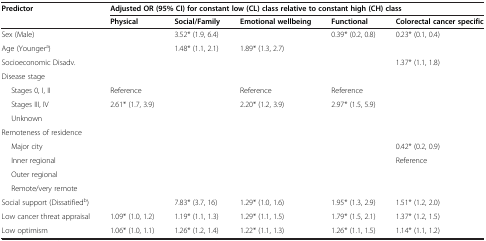
<table><thead><tr><td rowspan="2"><b>Predictor</b></td><td colspan="5"><b>Adjusted OR (95% CI) for constant low (CL) class relative to constant high (CH) class</b></td></tr><tr><td><b>Physical</b></td><td><b>Social/Family</b></td><td><b>Emotional wellbeing</b></td><td><b>Functional</b></td><td><b>Colorectal cancer specific</b></td></tr></thead><tbody><tr><td>Sex (Male)</td><td> </td><td>3.52* (1.9, 6.4)</td><td> </td><td>0.39* (0.2, 0.8)</td><td>0.23* (0.1, 0.4)</td></tr><tr><td>Age (Younger<sup>a</sup>)</td><td> </td><td>1.48* (1.1, 2.1)</td><td>1.89* (1.3, 2.7)</td><td> </td><td> </td></tr><tr><td>Socioeconomic Disadv.</td><td> </td><td> </td><td> </td><td> </td><td>1.37* (1.1, 1.8)</td></tr><tr><td>Disease stage</td><td> </td><td> </td><td> </td><td> </td><td> </td></tr><tr><td>Stages 0, I, II</td><td>Reference</td><td> </td><td>Reference</td><td>Reference</td><td> </td></tr><tr><td>Stages III, IV</td><td>2.61* (1.7, 3.9)</td><td> </td><td>2.20* (1.2, 3.9)</td><td>2.97* (1.5, 5.9)</td><td> </td></tr><tr><td>Unknown</td><td> </td><td> </td><td> </td><td> </td><td> </td></tr><tr><td>Remoteness of residence</td><td> </td><td> </td><td> </td><td> </td><td> </td></tr><tr><td>Major city</td><td> </td><td> </td><td> </td><td> </td><td>0.42* (0.2, 0.9)</td></tr><tr><td>Inner regional</td><td> </td><td> </td><td> </td><td> </td><td>Reference</td></tr><tr><td>Outer regional</td><td> </td><td> </td><td> </td><td> </td><td> </td></tr><tr><td>Remote/very remote</td><td> </td><td> </td><td> </td><td> </td><td> </td></tr><tr><td>Social support (Dissatified<sup>b</sup>)</td><td> </td><td>7.83* (3.7, 16)</td><td>1.29* (1.0, 1.6)</td><td>1.95* (1.3, 2.9)</td><td>1.51* (1.2, 2.0)</td></tr><tr><td>Low cancer threat appraisal</td><td>1.09* (1.0, 1.2)</td><td>1.19* (1.1, 1.3)</td><td>1.29* (1.1, 1.5)</td><td>1.79* (1.5, 2.1)</td><td>1.37* (1.2, 1.5)</td></tr><tr><td>Low optimism</td><td>1.06* (1.0, 1.1)</td><td>1.26* (1.2, 1.4)</td><td>1.22* (1.1, 1.3)</td><td>1.26* (1.1, 1.5)</td><td>1.14* (1.1, 1.2)</td></tr></tbody></table>